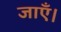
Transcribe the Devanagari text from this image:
जाऍं।